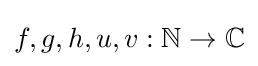
f,g,h,u,v:\mathbb {N} \rightarrow \mathbb {C}